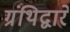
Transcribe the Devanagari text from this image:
ग्रंथिद्वारे